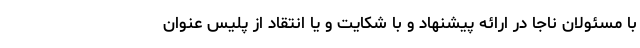
با مسئولان ناجا در ارائه پیشنهاد و با شکایت و یا انتقاد از پلیس عنوان